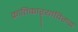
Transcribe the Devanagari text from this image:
क्रांतिकाऱ्यांविरुद्ध